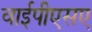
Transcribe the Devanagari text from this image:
वाईपीएसए